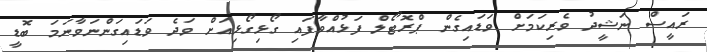
ރައީސް ނަޝީދު ވެރިކަމަށް ވަޑައިގެން ޕްރޮޓޯލް ފަޅުއްވާފައި ގޯޅިގޯޅިއަށް ވަދެ ވަޑައިގަންނަވާނަމަ ބޮޑީ